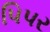
પિપર